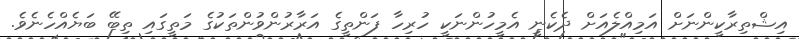
އިޝްތިރާކީންނަށް އަމިއްލެއަށް ދެކެނީ އެމީހުންނަކީ ހުރިހާ ފަންތީގެ އަރާރުންވުންތަކުގެ މަތީގައި ތިބޭ ބަޔެއްހެނެވެ.